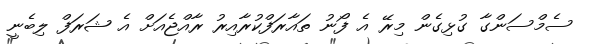
ސެމްސަންގާ ގުޅިގެން މިރޭ އެ ފޯނު ތައާރަފްކުރާއިރު ރާއްޖެއަށް އެ ޝަރަފް ލިބެނީ